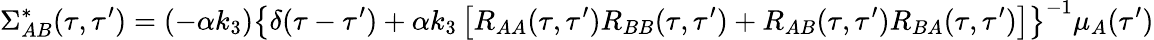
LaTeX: \Sigma_{AB}^{*}(\tau,\tau^{\prime})=(-\alpha k_{3})\left\{ \delta(\tau-\tau^{\prime})+\alpha k_{3}\left[R_{AA}(\tau,\tau^{\prime})R_{BB}(\tau,\tau^{\prime})+R_{AB}(\tau,\tau^{\prime})R_{BA}(\tau,\tau^{\prime})\right]\right\} ^{-1}\mu_{A}(\tau^{\prime})